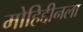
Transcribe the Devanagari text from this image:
मोहिद्दीनला